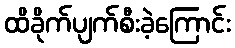
ထိခိုက်ပျက်စီးခဲ့ကြောင်း